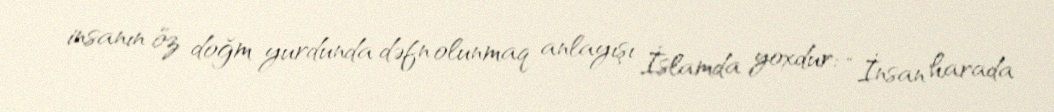
insanın öz doğm yurdunda dəfn olunmaq anlayışı İslamda yoxdur: “İnsan harada